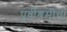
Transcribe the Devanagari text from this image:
पूर्वीश्रमीचा